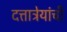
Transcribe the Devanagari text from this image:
दत्तात्रेयांची